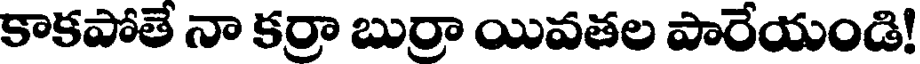
కాకపోతే నా కర్రా బుర్రా యివతల పారేయండి!